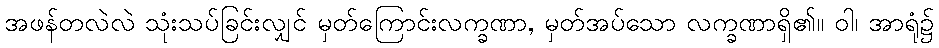
အဖန်တလဲလဲ သုံးသပ်ခြင်းလျှင် မှတ်ကြောင်းလက္ခဏာ, မှတ်အပ်သော လက္ခဏာရှိ၏။ ဝါ၊ အာရုံ၌